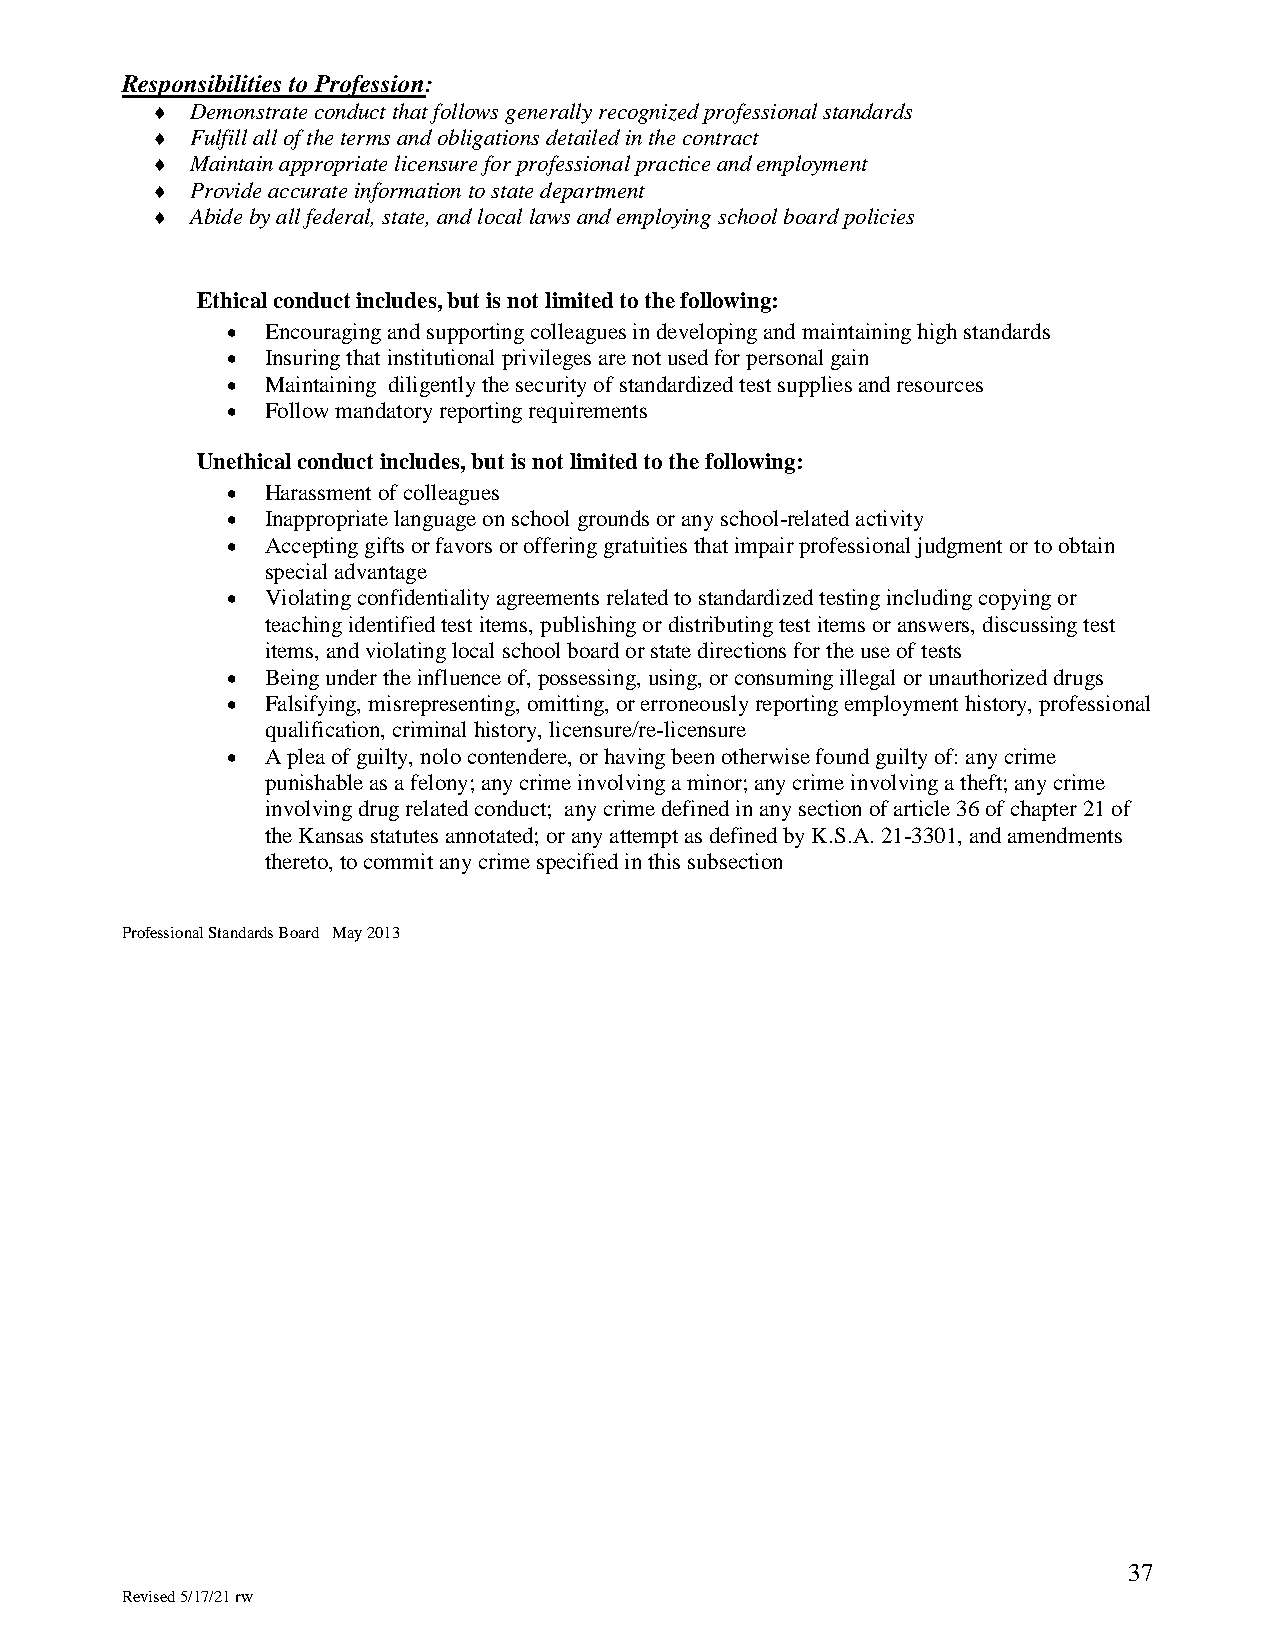
Responsibilities to Profession:
   Demonstrate conduct that follows generally recognized professional standards
   Fulfill all of the terms and obligations detailed in the contract
   Maintain appropriate licensure for professional practice and employment
   Provide accurate information to state department
   Abide by all federal, state, and local laws and employing school board policies
 Ethical conduct includes, but is not limited to the following:
   Encouraging and supporting colleagues in developing and maintaining high standards
   Insuring that institutional privileges are not used for personal gain
   Maintaining diligently the security of standardized test supplies and resources
   Follow mandatory reporting requirements
 Unethical conduct includes, but is not limited to the following:
   Harassment of colleagues
   Inappropriate language on school grounds or any school-related activity
   Accepting gifts or favors or offering gratuities that impair professional judgment or to obtain
 special advantage
   Violating confidentiality agreements related to standardized testing including copying or
 teaching identified test items, publishing or distributing test items or answers, discussing test
 items, and violating local school board or state directions for the use of tests
   Being under the influence of, possessing, using, or consuming illegal or unauthorized drugs
   Falsifying, misrepresenting, omitting, or erroneously reporting employment history, professional
 qualification, criminal history, licensure/re-licensure
   A plea of guilty, nolo contendere, or having been otherwise found guilty of: any crime
 punishable as a felony; any crime involving a minor; any crime involving a theft; any crime
 involving drug related conduct; any crime defined in any section of article 36 of chapter 21 of
 the Kansas statutes annotated; or any attempt as defined by K.S.A. 21-3301, and amendments
 thereto, to commit any crime specified in this subsection
 Professional Standards Board May 2013
 37
 Revised 5/17/21 rw